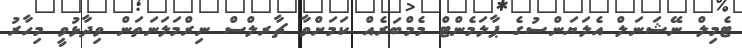
ޓެމިލް ނޭޝަނަލް އެލަޔަންސުގެ ޕާލަމެންޓް މެމްބަރެއް ކަމަށްވާ ޗާރލްސް ނިރްމަލަނަތަން ވިދާޅުވީ މިހާރު